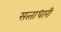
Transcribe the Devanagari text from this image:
सत्‍ताधारी